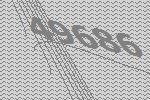
49686